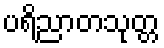
ပရိညာတသုတ္တ